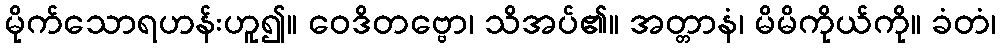
မိုက်သောရဟန်းဟူ၍။ ဝေဒိတဗ္ဗော၊ သိအပ်၏။ အတ္တာနံ၊ မိမိကိုယ်ကို။ ခံတံ၊